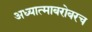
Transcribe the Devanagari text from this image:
अध्यात्माबरोबरच